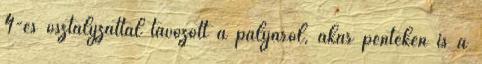
4-es osztályzattal távozott a pályáról, akár pénteken is a